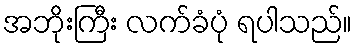
အဘိုးကြီး လက်ခံပုံ ရပါသည်။